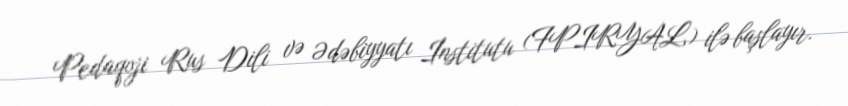
Pedaqoji Rus Dili və Ədəbiyyatı İnstitutu (FPIRYAL) ilə başlayır.